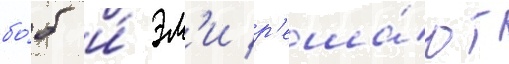
бо́б и́ эм'и р'еша́ют